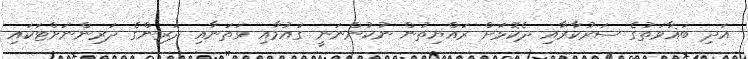
އަދި ބަޣާވަތުގެ ސަރުކާރާއި ދެކޮޅަށް ރައްޔިތުން ނުކުންނަނީ ގައުމާއި ވަތަނާއި ދަރިންގެ ދަރިންނަށްޓަކައި